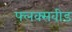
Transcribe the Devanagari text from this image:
फ्लक्सवीड